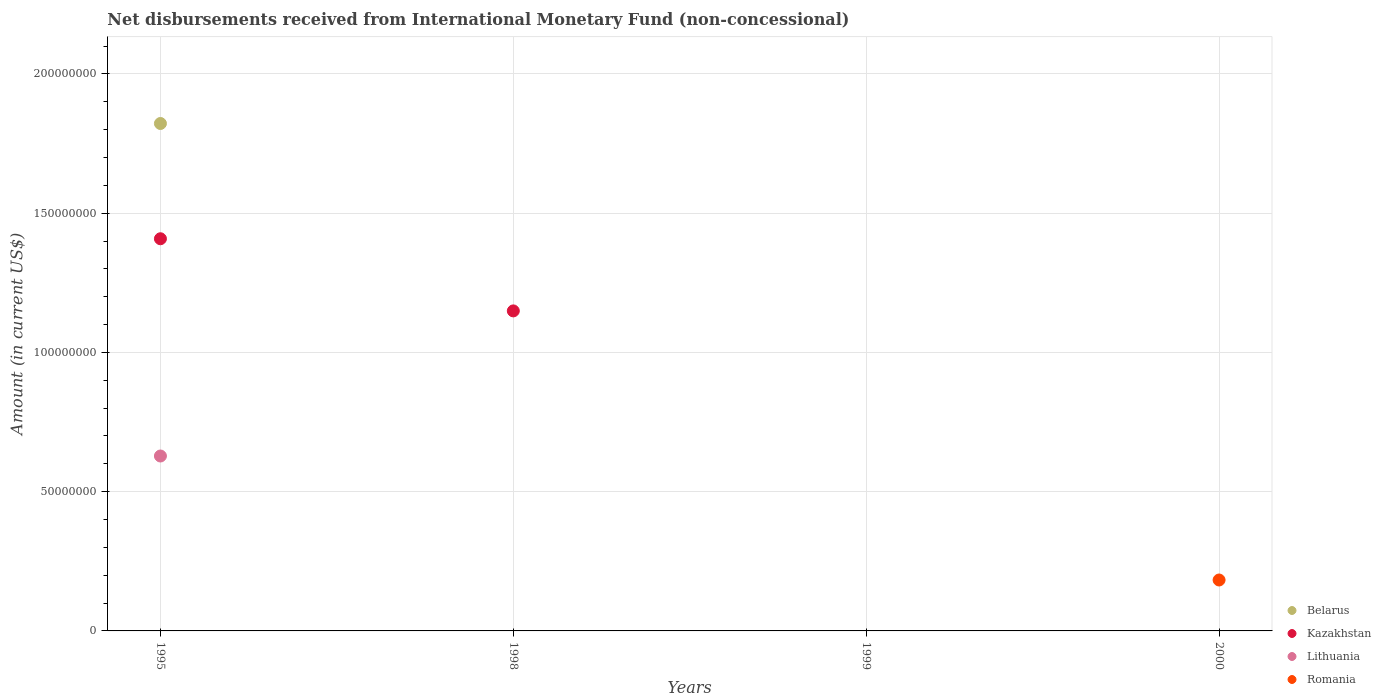
| Years | Belarus | Kazakhstan | Lithuania | Romania |
 | --- | --- | --- | --- | --- |
 | 1995 | 1.82e+08 | 1.41e+08 | 6.28e+07 | -3.16e+08 |
 | 1998 | -2.43e+07 | 1.15e+08 | -2.8e+07 | -1.25e+08 |
 | 1999 | -5.81e+07 | -1.76e+08 | -1.65e+07 | -6.7e+07 |
 | 2000 | -5.56e+07 | -4.42e+08 | -2.73e+07 | 1.83e+07 |